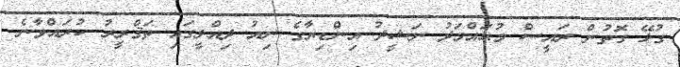
ގުޅޭ ގޮތުން ރައީސް މުޙައްމަދު ނަޝީދު އިންޑިޔާގެ ނިއު ދިއްލީގައި ތަޤްރީރު ކުރައްވާނެ